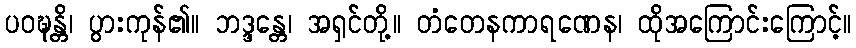
ပဝဍ္ဎန္တိ၊ ပွားကုန်၏။ ဘဒ္ဒန္တေ၊ အရှင်တို့။ တံတေနကာရဏေန၊ ထိုအကြောင်းကြောင့်။